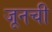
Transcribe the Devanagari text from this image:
जूनची